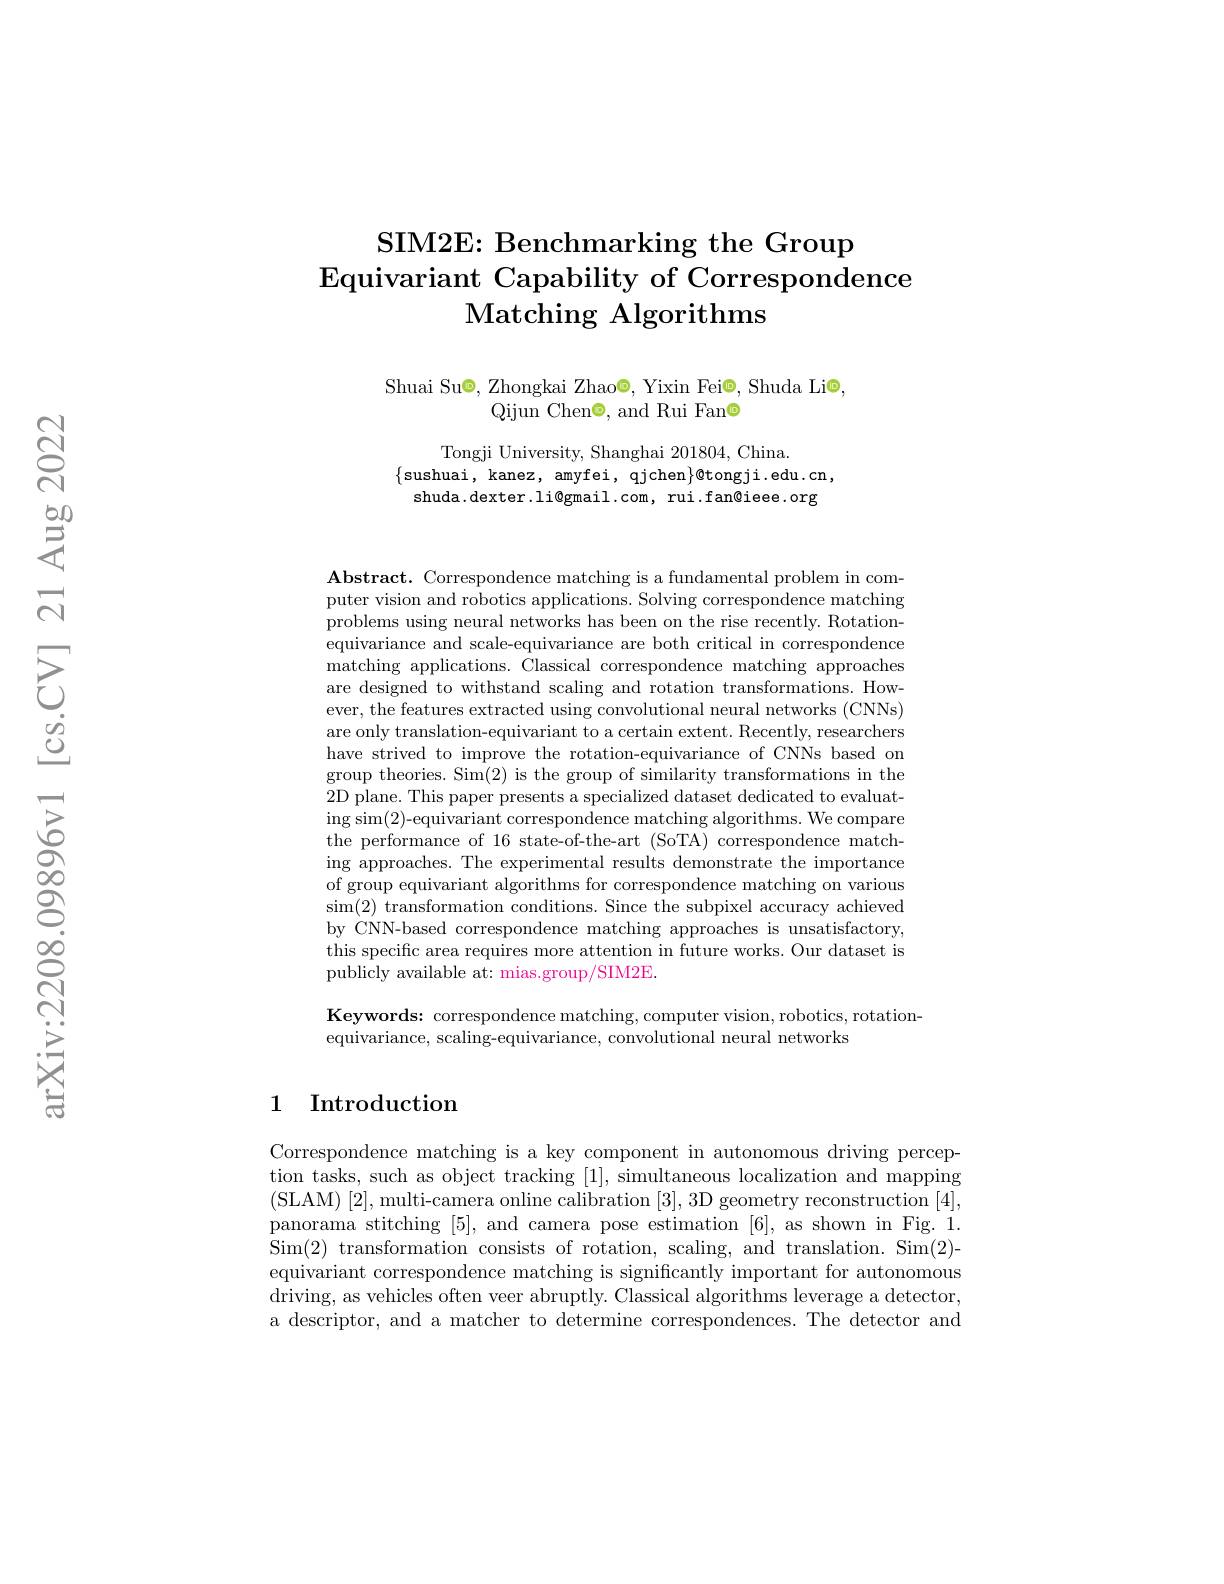
# SIM2E: Benchmarking the Group $\operatorname{Equivariant}$ Capability of Correspondence Matching Algorithms

Shuai Su$\Theta$,Zhongkai Zhao©, Yixin Fei◉, Shuda Li◉,
Qijun Chen©, and Rui Fan©

Tongji University, Shanghai 201804, China.
$\{$sushuai, kanez, amyfei, qjchen$\}$@tongji.edu.cn, shuda.dexter.li@gmail.com, rui.fan@ieee.org

Abstract. Correspondence matching is a fundamental problem in computer vision and robotics applications. Solving correspondence matching problems using neural networks has been on the rise recently. Rotationequivariance and scale-equivariance are both critical in correspondence matching applications. Classical correspondence matching approaches are designed to withstand scaling and rotation transformations. However, the features extracted using convolutional neural networks (CNNs) are only translation-equivariant to a certain extent. Recently, researchers have strived to improve the rotation-equivariance of CNNs based on group theories. Sim(2) is the group of similarity transformations in the 2D plane. This paper presents a specialized dataset dedicated to evaluat- $\operatorname{ing}\sin(2)$-equivariant correspondence matching algorithms. We compare the performance of 16 state-of-the-art (SoTA) correspondence matching approaches. The experimental results demonstrate the importance of group equivariant algorithms for correspondence matching on various $\sin(2)$ transformation conditions. Since the subpixel accuracy achieved by CNN-based correspondence matching approaches is unsatisfactory, this specific area requires more attention in future works. Our dataset is publicly available at: mias.group/SIM2E.

Keywords: correspondence matching, computer vision, robotics, rotation-
equivariance, scaling-equivariance, convolutional neural networks

## 1 Introduction

Correspondence matching is a key component in autonomous driving perception tasks, such as object tracking [1], simultaneous localization and mapping (SLAM) [2], multi-camera online calibration [3], 3D geometry reconstruction [4], panorama stitching [5], and camera pose estimation [6], as shown in Fig.1. Sim(2) transformation consists of rotation, scaling, and translation. Sim(2)- equivariant correspondence matching is significantly important for autonomous driving, as vehicles often veer abruptly. Classical algorithms leverage a detector a descriptor, and a matcher to determine correspondences. The detector and